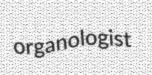
organologist